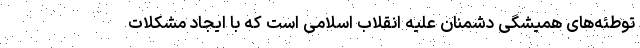
توطئه‌های همیشگی دشمنان علیه انقلاب اسلامی است که با ایجاد مشکلات